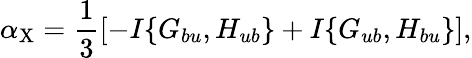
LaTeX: \alpha_{\mathrm{{X}}}=\frac{1}{3}\left[{-I\{ {G_{bu},H_{ub}}\} +I\{ {G_{ub},H_{bu}}\} }\right],